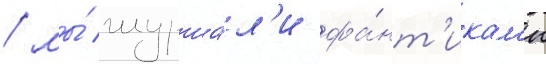
/ мы́ шурша́л'и фа́нт'икам'и